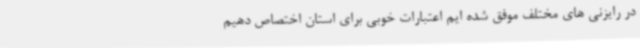
در رایزنی های مختلف موفق شده ایم اعتبارات خوبی برای استان اختصاص دهیم